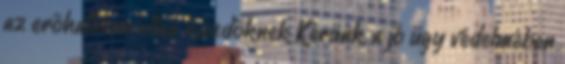
az erõhatalom ellen küzdõknek Kérünk, a jó ügy védelmében